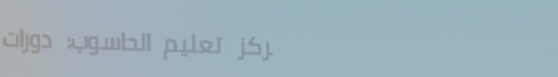
مركز تعليم الحاسوب: دورات